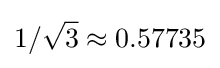
1/{\sqrt {3}}\approx 0.57735